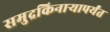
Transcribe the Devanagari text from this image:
समुद्रकिनार्‍यापर्यंत